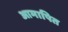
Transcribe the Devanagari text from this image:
आमापित